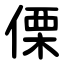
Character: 傈